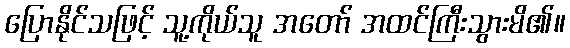
ပြောနိုင်သဖြင့် သူ့ကိုယ်သူ အတော် အထင်ကြီးသွားမိ၏။